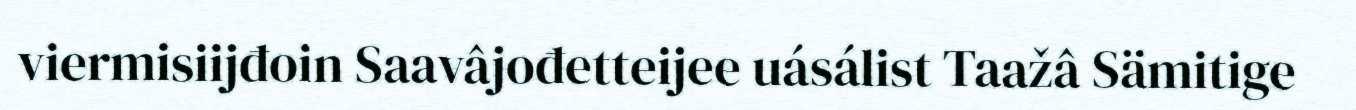
viermisiijđoin Saavâjođetteijee uásálist Taažâ Sämitige